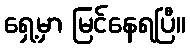
ရှေ့မှာ မြင်နေရပြီ။